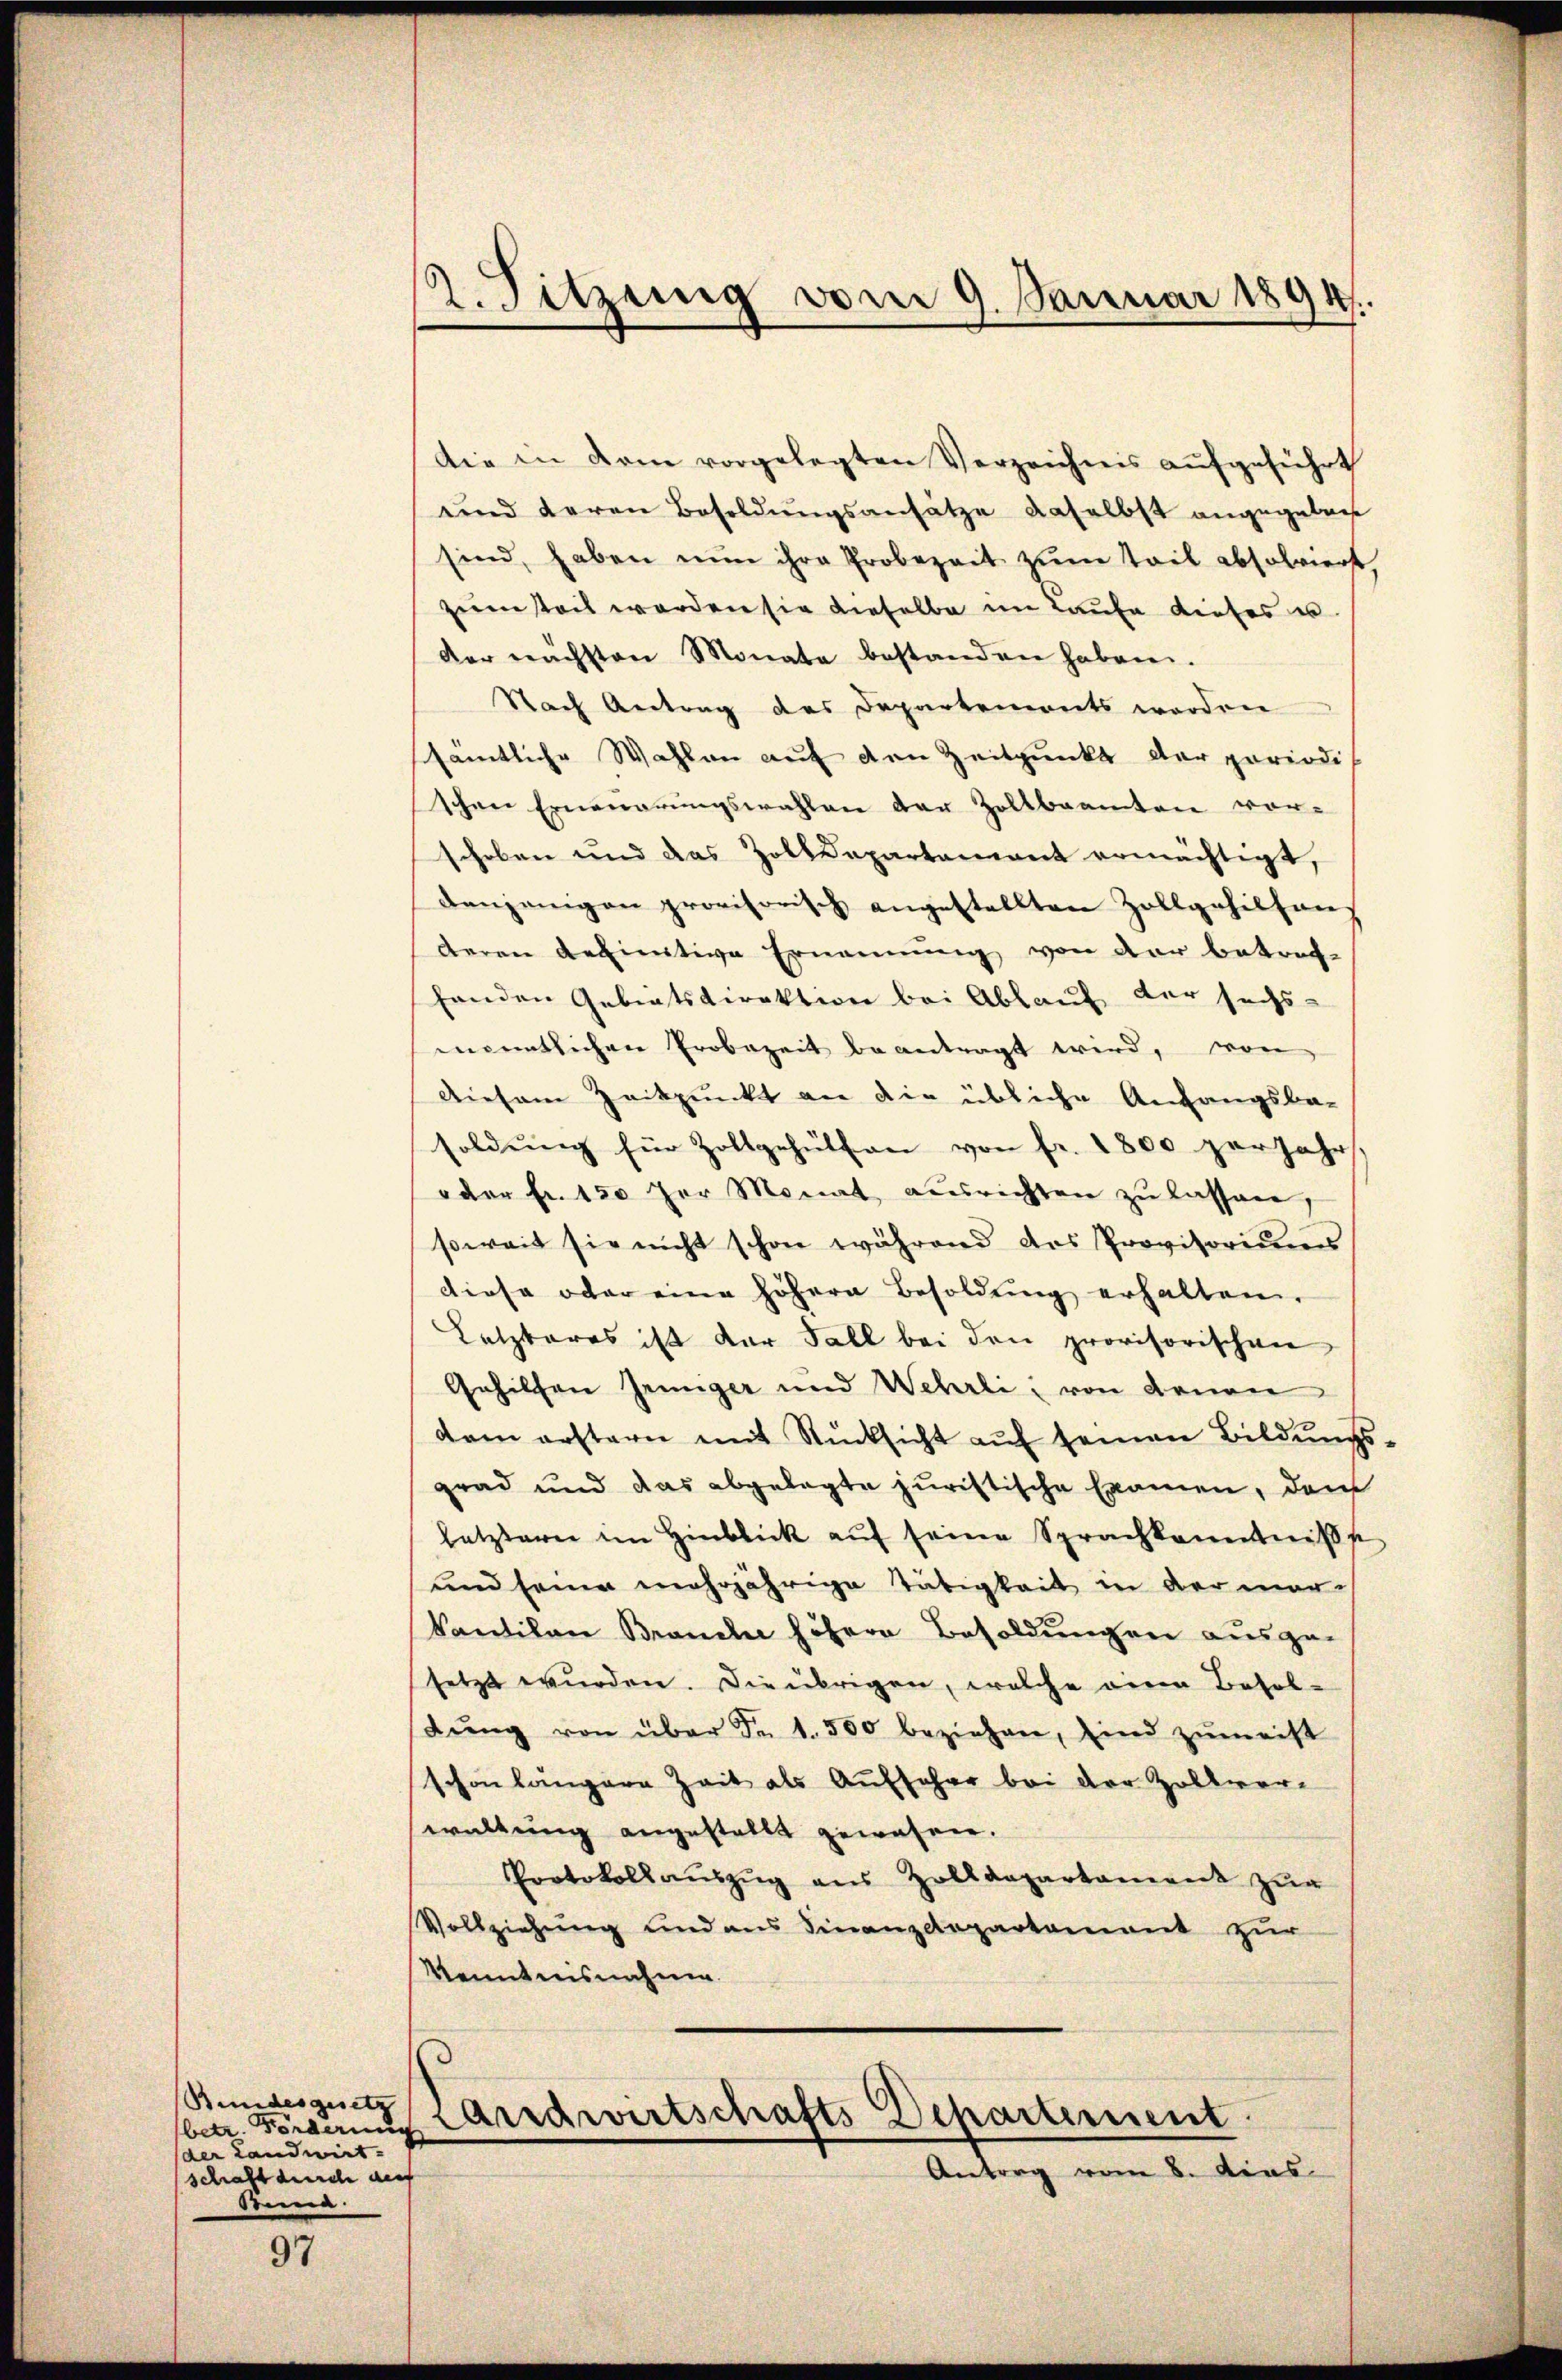
Bundesgesetz
betr. Forderung
der Landwirt.
schaft durch auf
Stina.

97

2. Sitzung vom 9. Januar 1894.

die in dem vorgelegten Verzeichnis aufgeführt
und deren Besoldŭngsansätze daselbst angegebene
sind, haben nun ihre Probezeit zum Teil absolviert
zimsteil werden sie dieselbe im Laufe dieses u.
der nächsten Monate bestanden haben.
Nach Antrag des Departements worden
sämtliche Wahlen auf den Zeitpunkt der periodi
schen Erneuerungswahlen der Zollbeamten vor-
schoben und das Zolldepartement ermächtigt,
denjenigen provisorisch angestellten Zollgehilfens
deren Aeminative Ernennung von der betreffenden Gebietsdirektion bei Ablauf der sechs-
mentlichen Erobezeit beantragt wird, von
Diesem Zeitpunkt an die übliche Anfangsbe-
soldung für Zollgehülfen von fr. 1800 per Jahr
oder Fr. 150 der Monat ausrichten zu lassen
soweit sie nicht schon während das Provisoriums
diese oder eine höhern Besoldŭng erhalten.
Letzteres ist der Fall bei den provisorischen
Gehilfen Jeniger und Wehrli, von denen
dam erstern mit Rücksicht aŭf seinen Bildŭngs-
grad und das abgelegte juristische Examen, dem
letzterer im Hinblick aŭf seine Sprachkanntniß
und seine mehrjährige Tätigkeit in der mar
Vantilon Brauch höhere Besoldungen ausge-
setzt wurden. Die übrigen, welche eine Besoldŭng von über Fr. 1. 500 beziehen, sind zŭmeist
schon längere Zeit als Aufseher bei der Zollverwaltung angestellt gewesen.
Protokoll aŭszŭg aŭs Zolldepartament zŭr
Vollziehung und aus Finanzdepartement zur
Kenntnisnahme.

Landwirtschafts-Departement
Antrag vom 8. dies